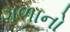
ગળાનો